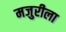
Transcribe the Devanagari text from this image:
मजुरीला